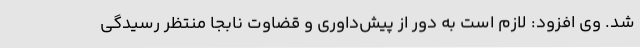
شد. وی افزود: لازم است به دور از پیش‌داوری و قضاوت نابجا منتظر رسیدگی